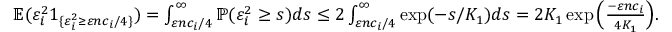
\begin{array} { r } { \mathbb { E } ( \varepsilon _ { i } ^ { 2 } 1 _ { \{ \varepsilon _ { i } ^ { 2 } \geq \varepsilon n c _ { i } / 4 \} } ) = \int _ { \varepsilon n c _ { i } / 4 } ^ { \infty } \ensuremath { { \mathbb { P } } } ( \varepsilon _ { i } ^ { 2 } \geq s ) d s \leq 2 \int _ { \varepsilon n c _ { i } / 4 } ^ { \infty } \exp ( - s / K _ { 1 } ) d s = 2 K _ { 1 } \exp \Big ( \frac { - \varepsilon n c _ { i } } { 4 K _ { 1 } } \Big ) . } \end{array}